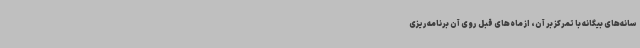
سانه‌های بیگانه با تمرکز بر آن، از ماه‌های قبل روی آن برنامه‌ریزی